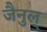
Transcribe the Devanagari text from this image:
जैनुल्